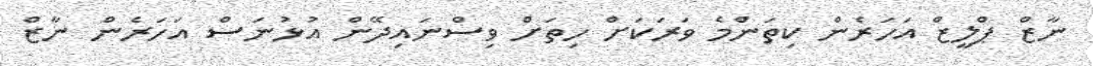
ނާޒް ޕްލީޒް އަހަރެން ކިތަންމެ ވަރަކަށް ހިތަށް ވިސްނައިދޭން އުޅުނަސް އަހަރެން ނާޒް